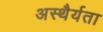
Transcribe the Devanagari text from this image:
अस्थैर्यता